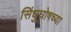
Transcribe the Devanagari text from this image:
सिंधुघोषच्या